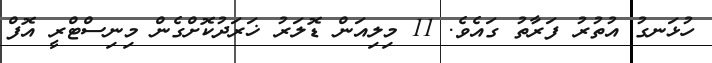
ހުޅަނގު އުތުރު ފަރާތު ގައެވެ. 11 މިލިއަން ޑޮލަރު ޚަރަދުކޮށްގެން މިނިސްޓްރީ އޮފް